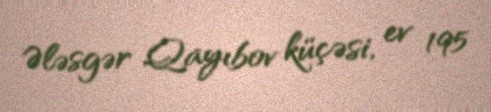
Ələsgər Qayıbov küçəsi, ev 195